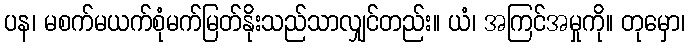
ပန၊ မစက်မယက်စုံမက်မြတ်နိုးသည်သာလျှင်တည်း။ ယံ၊ အကြင်အမှုကို။ တုမှော၊